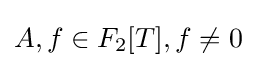
A,f\in F_{2}[T],f\neq 0